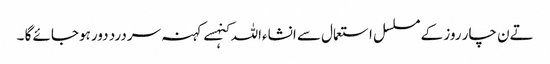
تےن چار روز کے مسلسل استعمال سے انشاءاللہ کنہسے کہنہ سردرد دور ہوجائے گا ۔